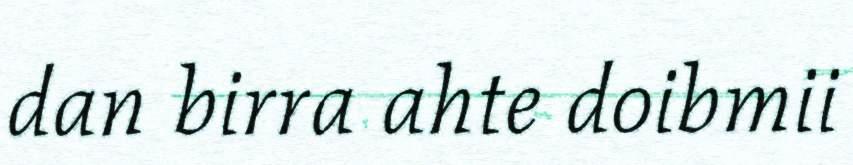
dan birra ahte doibmii